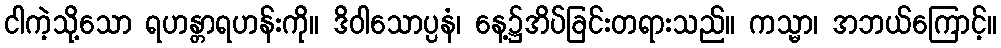
ငါကဲ့သို့သော ရဟန္တာရဟန်းကို။ ဒိဝါသောပ္ပနံ၊ နေ့၌အိပ်ခြင်းတရားသည်။ ကသ္မာ၊ အဘယ်ကြောင့်။